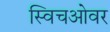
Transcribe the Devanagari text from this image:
स्विचओवर